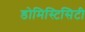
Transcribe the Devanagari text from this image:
डोमिस्टिसिटी